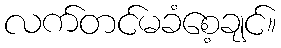
လက်တင်မခံစေ့ချင်။